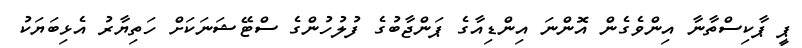
ޕީ ޕާކިސްތާނާ އިންވެގެން އޮންނަ އިންޑިއާގެ ޕަންޖާބުގެ ފުލުހުންގެ ސްޓޭޝަނަކަށް ހަތިޔާރު އެޅިބަޔަކު